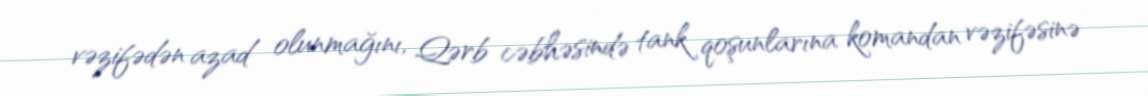
vəzifədən azad olunmağını, Qərb cəbhəsində tank qoşunlarına komandan vəzifəsinə